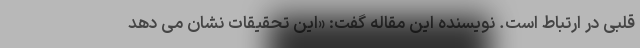
قلبی در ارتباط است. نویسنده این مقاله گفت: «این تحقیقات نشان می دهد